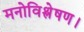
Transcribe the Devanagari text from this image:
मनोविश्लेषण।